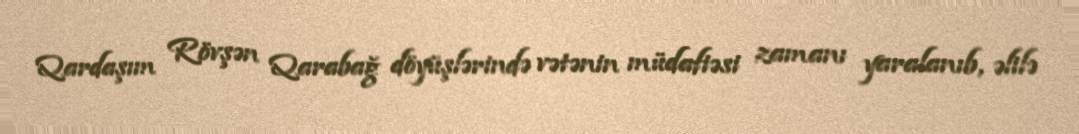
Qardaşım Rövşən Qarabağ döyüşlərində vətənin müdafiəsi zamanı yaralanıb, əlilə